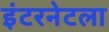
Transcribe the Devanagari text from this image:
इंटरनेटला